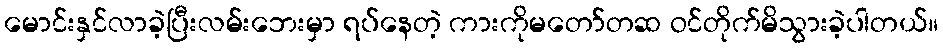
မောင်းနှင်လာခဲ့ပြီးလမ်းဘေးမှာ ရပ်နေတဲ့ ကားကိုမတော်တဆ ဝင်တိုက်မိသွားခဲ့ပါတယ်။